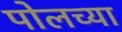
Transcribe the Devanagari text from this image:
पोलच्या